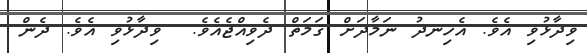
ވިދާޅުވި އެވެ. އެހިނދު ނަމާދަށް ޤަމަތް ދެވިއްޖެއެވެ.  ވިދާޅުވި އެވެ. ދެން